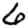
Digit: 6